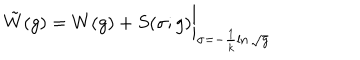
LaTeX: \tilde { W } ( g ) = W ( g ) + S ( \sigma ; g ) \bigg \vert _ { \sigma = - \frac { 1 } { k } \ln \sqrt { g } }